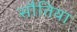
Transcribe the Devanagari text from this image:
सौतिया